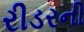
રીડરની